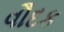
વૌદક